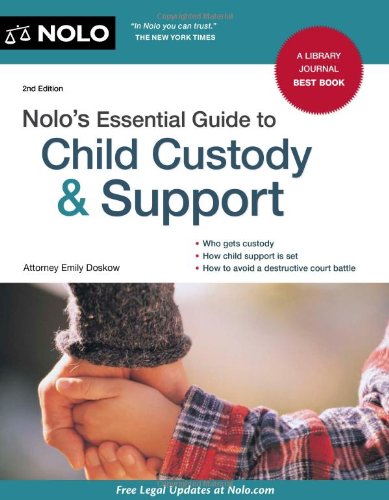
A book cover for Nolo's Essential Guide to Child Custody & Support; Emily Doskow; Law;